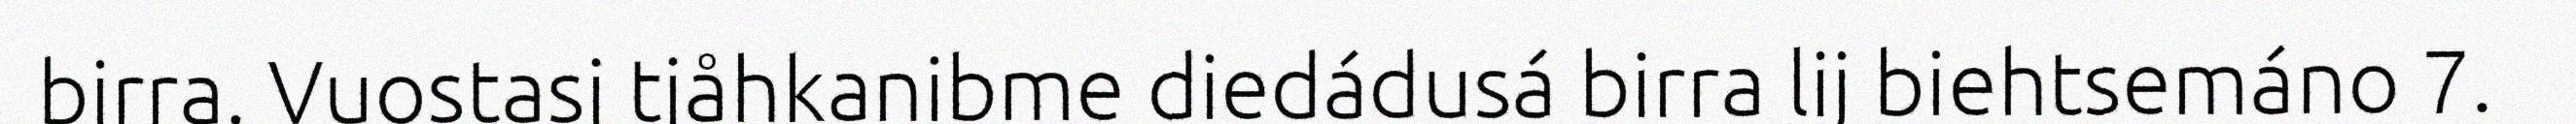
birra. Vuostasj tjåhkanibme diedádusá birra lij biehtsemáno 7.